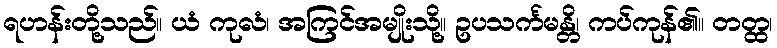
ရဟန်းတို့သည်။ ယံ ကုလံ၊ အကြင်အမျိုးသို့။ ဥပသင်္ကမန္တိ၊ ကပ်ကုန်၏။ တတ္ထ၊